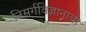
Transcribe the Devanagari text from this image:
निसर्गविज्ञानाचा